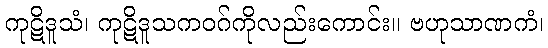
ကုဋိဒူသံ၊ ကုဋိဒူသကဝဂ်ကိုလည်းကောင်း။ ဗဟုသာဏကံ၊